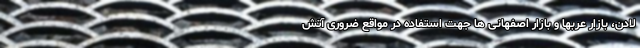
لادن، بازار عربها و بازار اصفهانی ها جهت استفاده در مواقع ضروری آتش